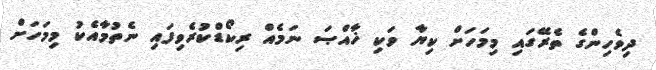
ދިވެހިންގެ ތެރޭގައި މިމަހަށް ކިޔާ ވަކި ޚާއްޞަ ނަމެއް ރިކޯޑްކުރެވިފައި ނެތުމާއެކު މިމަހަށް